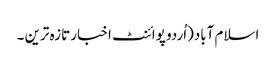
اسلام آباد(اُردو پوائنٹ اخبار تازہ ترین ۔